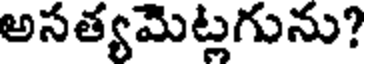
అసత్యమెట్లగును?